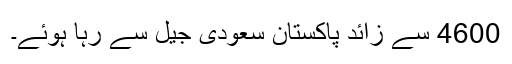
4600 سے زائد پاکستان سعودی جیل سے رہا ہوئے۔